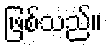
ဖြစ်သည်။